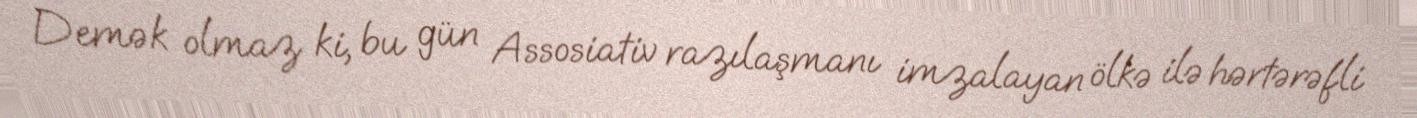
Demək olmaz ki, bu gün Assosiativ razılaşmanı imzalayan ölkə ilə hərtərəfli